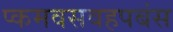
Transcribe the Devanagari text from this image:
प्कमवसवहपबंस